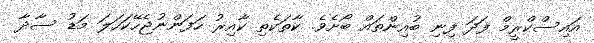
އައިސްކްރީމް ފަދަ ފިނި ބުއިންތައް ބޯށެވެ. ކާތަކެތި ކާއިރު ހަފަންނުޖެހޭކަހަލަ މަޑު ސާދާ